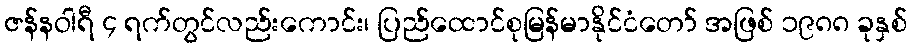
ဇန်နဝါရီ ၄ ရက်တွင်လည်းကောင်း၊ ပြည်ထောင်စုမြန်မာနိုင်ငံတော် အဖြစ် ၁၉၈၈ ခုနှစ်